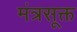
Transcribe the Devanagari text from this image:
मंत्रसूक्त